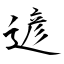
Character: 遃